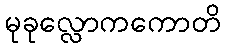
မုခုလ္လောကကောတိ